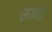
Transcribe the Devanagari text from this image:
ऊर्ध्वा